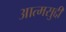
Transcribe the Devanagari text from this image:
आत्मसुद्दी